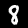
Digit: 8